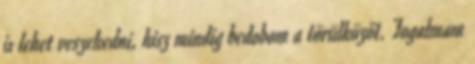
is lehet veszekedni, hisz mindig bedobom a törülközőt. Fogalmam